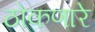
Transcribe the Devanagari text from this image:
ठोकणारे